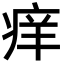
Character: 痒